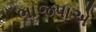
ભાજપાએ